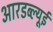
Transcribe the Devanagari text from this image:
आरडब्ल्यूई